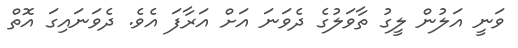
ވަނީ އަލުން ލީގު ތާވަލުގެ ދެވަނަ އަށް އަރާފަ އެވެ. ދެވަނައިގަ އޮތް